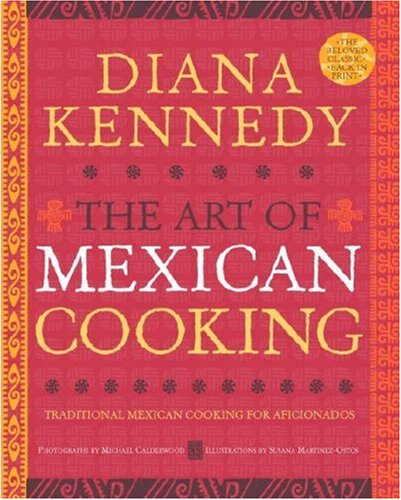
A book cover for The Art of Mexican Cooking; Diana Kennedy; Cookbooks, Food & Wine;